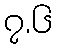
၇.၆